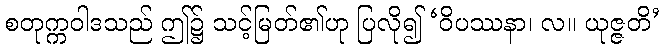
စတုက္ကဝါဒသည် ဤ၌ သင့်မြတ်၏ဟု ပြလို၍ ‘ဝိပဿနာ၊ လ။ ယုဇ္ဇတိ’